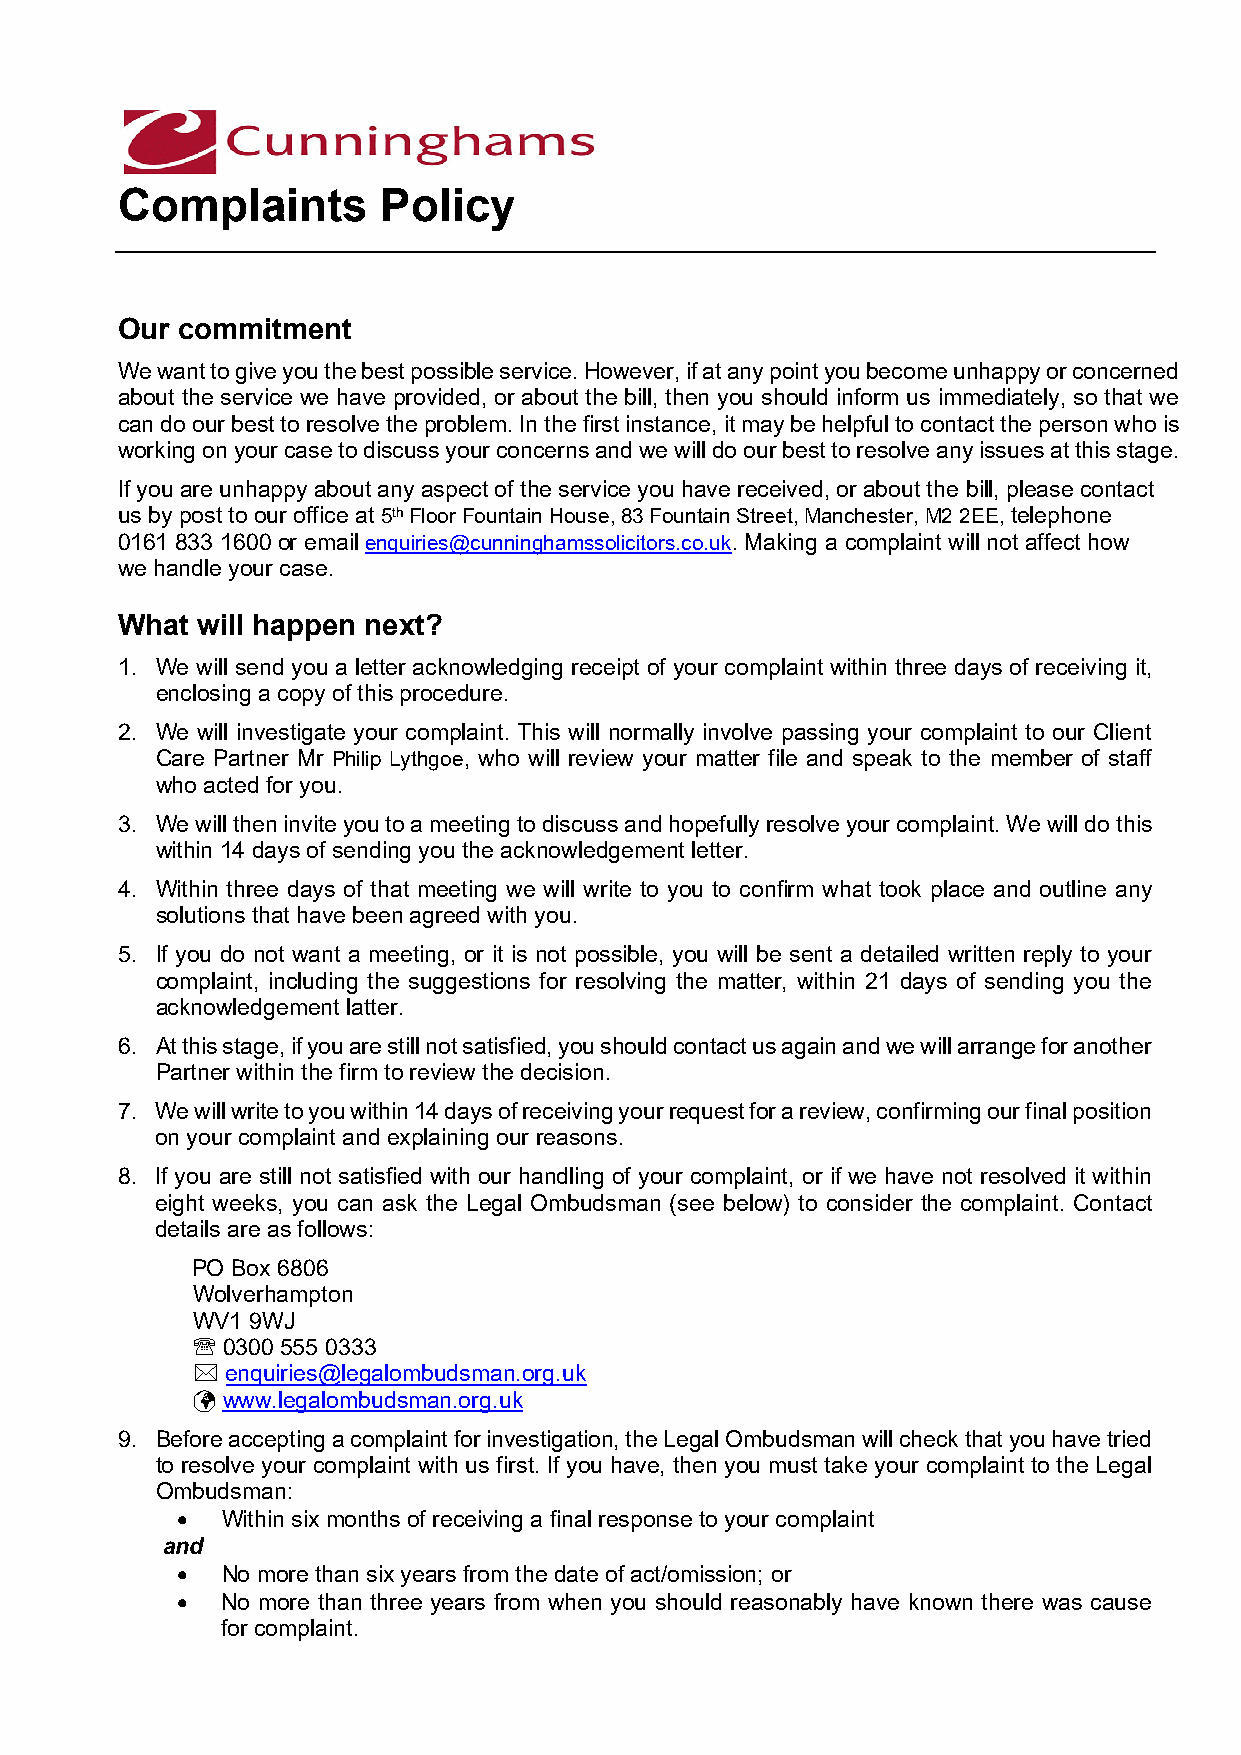
Complaints       Policy
 Our commitment
 We want to give you the best possible service. However, if at any point you become unhappy or concerned
 about the service we have provided, or about the bill, then you should inform us immediately, so that we
 can do our best to resolve the problem. In the first instance, it may be helpful to contact the person who is
 working on your case to discuss your concerns and we will do our best to resolve any issues at this stage.
 If you are unhappy about any aspect of the service you have received, or about the bill, please contact
 us by post to our office at 5th Floor Fountain House, 83 Fountain Street, Manchester, M2 2EE, telephone
 0161 833 1600 or email enquiries@cunninghamssolicitors.co.uk. Making a complaint will not affect how
 we handle your case.
 What will happen next?
 1. We will send you a letter acknowledging receipt of your complaint within three days of receiving it,
 enclosing a copy of this procedure.
 2. We will investigate your complaint. This will normally involve passing your complaint to our Client
 Care Partner Mr Philip Lythgoe, who will review your matter file and speak to the member of staff
 who acted for you.
 3. We will then invite you to a meeting to discuss and hopefully resolve your complaint. We will do this
 within 14 days of sending you the acknowledgement letter.
 4. Within three days of that meeting we will write to you to confirm what took place and outline any
 solutions that have been agreed with you.
 5. If you do not want a meeting, or it is not possible, you will be sent a detailed written reply to your
 complaint, including the suggestions for resolving the matter, within 21 days of sending you the
 acknowledgement latter.
 6. At this stage, if you are still not satisfied, you should contact us again and we will arrange for another
 Partner within the firm to review the decision.
 7. We will write to you within 14 days of receiving your request for a review, confirming our final position
 on your complaint and explaining our reasons.
 8. If you are still not satisfied with our handling of your complaint, or if we have not resolved it within
 eight weeks, you can ask the Legal Ombudsman (see below) to consider the complaint. Contact
 details are as follows:
 PO Box 6806
 Wolverhampton
 WV1 9WJ
  0300 555 0333
  enquiries@legalombudsman.org.uk
  www.legalombudsman.org.uk
 9. Before accepting a complaint for investigation, the Legal Ombudsman will check that you have tried
 to resolve your complaint with us first. If you have, then you must take your complaint to the Legal
 Ombudsman:
 •  Within six months of receiving a final response to your complaint
 and
 •  No more than six years from the date of act/omission; or
 •  No more than three years from when you should reasonably have known there was cause
 for complaint.